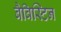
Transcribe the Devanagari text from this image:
बैविस्टिन